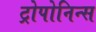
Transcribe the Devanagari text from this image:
ट्रोपोनिन्स